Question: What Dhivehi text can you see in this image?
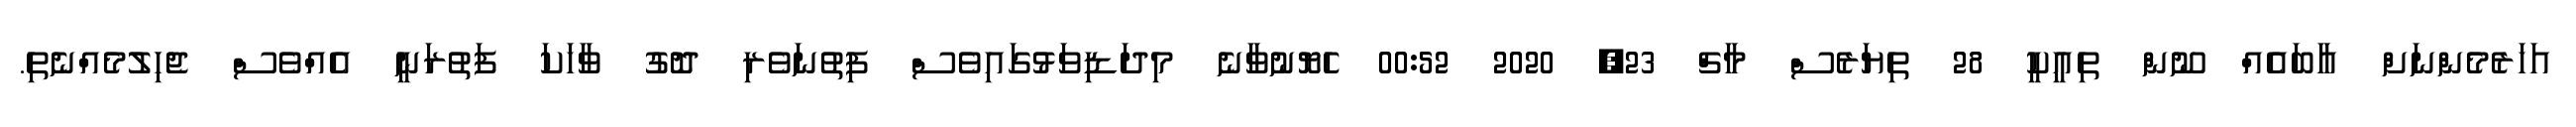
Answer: އަހަރެމެންނަށް އާބައެއް ނޫން ތިއީކީ 28 ތިޔަރެސް މާޗް 23, 2020 00:52 ހެޔޮނުވާނެ މިދަޑިވަޅުގައިވެސް ފިތުނަވެރި ދޮގު ވާހަކަ ފަތުރަނީ އެއްވެސް ޖެހިލުމެއްނެތި.